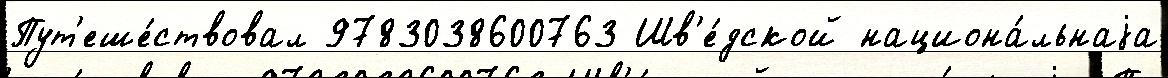
Пут'еше́ствовал 9783038600763 Шв'е́дской национа́льнаjа